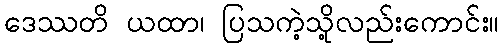
ဒေဿတိ ယထာ၊ ပြသကဲ့သို့လည်းကောင်း။